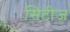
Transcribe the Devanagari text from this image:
सिंटीज़